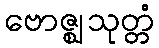
ဗောဇ္ဈသုတ္တံ